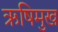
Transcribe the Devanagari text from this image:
ऋषिमुख